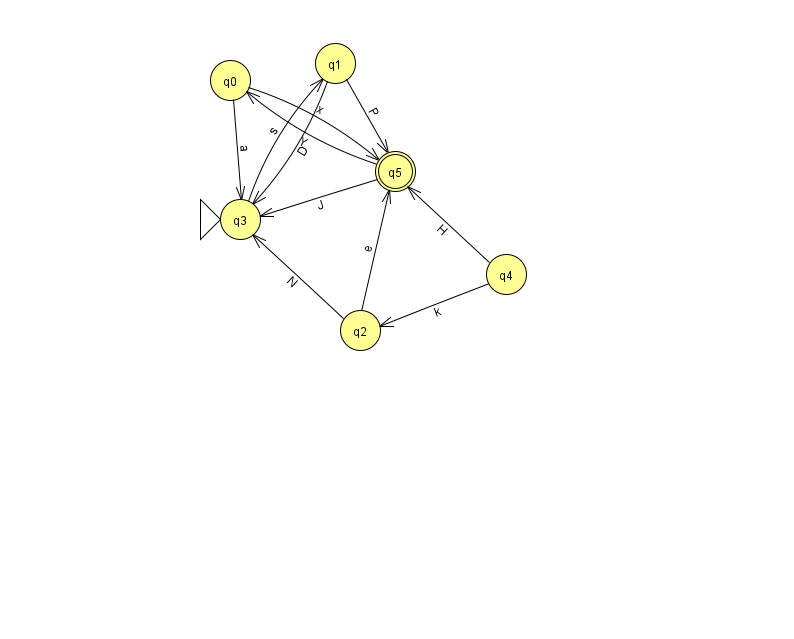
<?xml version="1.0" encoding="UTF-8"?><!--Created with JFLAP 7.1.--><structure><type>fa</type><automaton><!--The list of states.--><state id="0" name="q0"><x>230.0</x><y>67.0</y></state><state id="1" name="q1"><x>335.0</x><y>50.0</y></state><state id="2" name="q2"><x>360.0</x><y>317.0</y></state><state id="3" name="q3"><x>240.0</x><y>206.0</y><initial/></state><state id="4" name="q4"><x>506.0</x><y>261.0</y></state><state id="5" name="q5"><x>395.0</x><y>158.0</y><final/></state><!--The list of transitions.--><transition><from>1</from><to>3</to><read>D</read></transition><transition><from>0</from><to>5</to><read>x</read></transition><transition><from>5</from><to>0</to><read>Y</read></transition><transition><from>1</from><to>5</to><read>P</read></transition><transition><from>2</from><to>5</to><read>e</read></transition><transition><from>3</from><to>1</to><read>s</read></transition><transition><from>5</from><to>3</to><read>J</read></transition><transition><from>0</from><to>3</to><read>a</read></transition><transition><from>2</from><to>3</to><read>N</read></transition><transition><from>4</from><to>2</to><read>k</read></transition><transition><from>4</from><to>5</to><read>H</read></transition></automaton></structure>